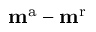
\mathbf { m } ^ { \mathrm { a } } - \mathbf { m } ^ { \mathrm { r } }